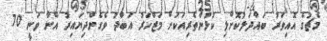
މެޗުގެ އޮއިވަރު ބައްދަލުކޮށްލި ކުޅުންތެރިއަކަށް މަޒްހަރު އަބްދު ވެގެންދިޔައިރު އޭނާ ވަނީ 70